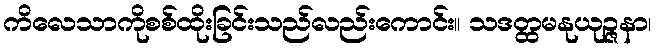
ကိလေသာကိုစစ်ထိုးခြင်းသည်လည်းကောင်း။ သဒတ္ထမနုယုဉ္ဇနာ၊